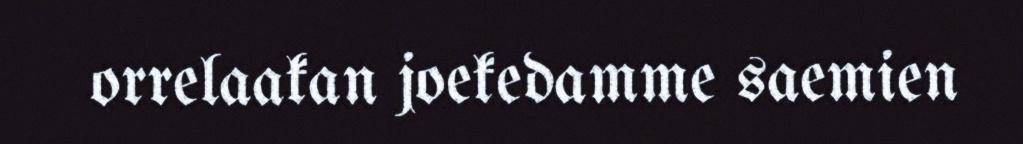
orrelaakan joekedamme saemien